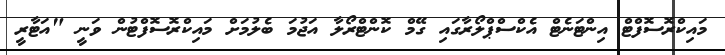
މައިކްރޮސޮފްޓް އިންޓަނެޓް އެކްސްޕްލޯރާގައި ގޭމް ކޮންޓްރޯލާ އަޖުމަ ބެލުމަށް މައިކްރޮސޮފްޓުން ވަނީ "އަޓާރީ